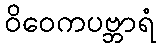
ဝိဝေကပဗ္ဘာရံ